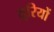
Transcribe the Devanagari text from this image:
तूरियों